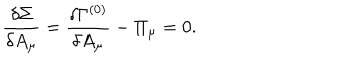
LaTeX: \frac { \delta \Sigma } { \delta A _ { \mu } } = \frac { \delta \Gamma ^ { ( 0 ) } } { \delta A _ { \mu } } - \Pi _ { \mu } = 0 .